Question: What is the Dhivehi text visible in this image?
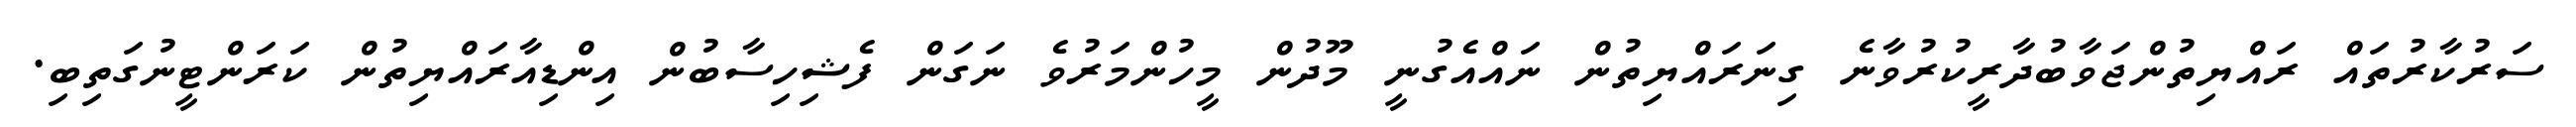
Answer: ސަރުކާރުތައް ރައްޔިތުންޖަވާބުދާރީކުރުވާނެ ގިނަރައްޔިތުން ނައްއެގުނީ މޫދުން މީހުންމަރުވެ ނަގަން ފެޝިހިސާބުން އިންޑިއާރައްޔިތުން ކަރަންޓީނުގަތިބި.